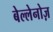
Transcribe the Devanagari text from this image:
बेल्लेनोज़